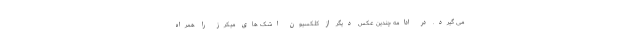
می گیرد. در ادامه چندین عکس دیگر از کلکسیون اشک های میکرز را همراه